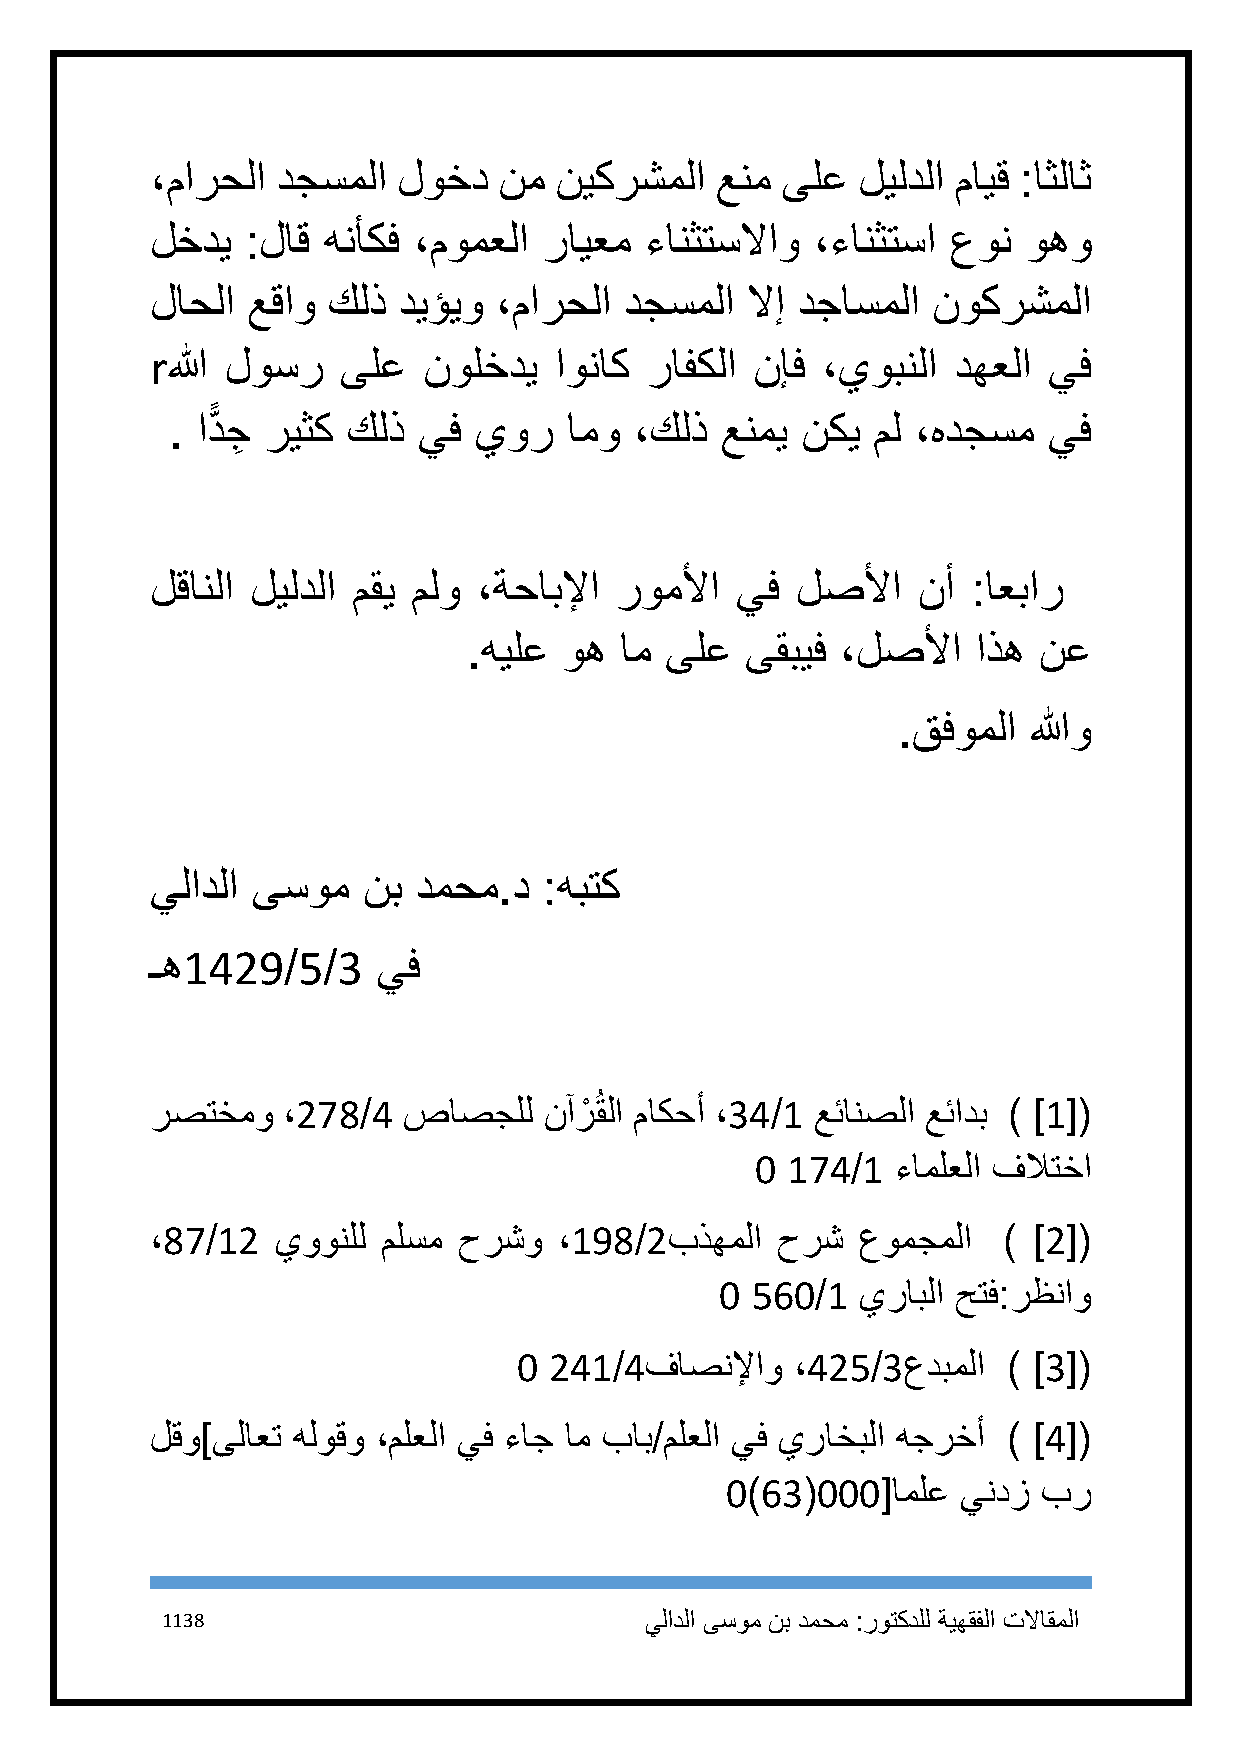
،مارحلا دجسملا  لوخد   نم  نيكرشملا  عنم  ىلع  ليلدلا مايق :اثلاث
 لخدي  :لاق هنأكف ،مومعلا  رايعم  ءانثتسلااو ،ءانثتسا عون  وهو
 لاحلا عقاو  كلذ ديؤيو  ،مارحلا دجسملا  لاإ دجاسملا  نوكرشملا
 rالله لوسر  ىلع   نولخدي   اوناك رافكلا نإف ،يوبنلا  دهعلا يف
 . ادًّ جِ ريثك كلذ يف يور  امو ،كلذ  عنمي نكي  مل ،هدجسم  يف
 لقانلا ليلدلا مقي ملو ،ةحابلإا روملأا  يف  لصلأا   نأ :اعبار
 .هيلع وه  ام ىلع  ىقبيف  ،لصلأا   اذه نع
 .قفوملا  اللهو
 يلادلا ىسوم   نب دمحم.د   :هبتك
 ـه1429/5/3     يف
 رصتخمو   ،278/4  صاصجلل   نآرْ ُقلا ماكحأ ،34/1 عئانصلا عئادب ) ]1[(
 1 174/1  ءاملعلا فلاتخا
 ،87/12  يوونلل ملسم حرشو   ،198/2بذهملا  حرش   عومجملا  ) ]2[(
 1 561/1  يرابلا حتف:رظناو
 1 241/4فاصنلإاو    ،425/3عدبملا  ) ]3[(
 لقو]ىلاعت هلوقو ،ملعلا يف ءاج ام باب/ملعلا يف يراخبلا هجرخأ ) ]4[(
 1)63(111[املع   يندز بر
 1138                            يلادلا ىسوم نب دمحم :روتكدلل ةيهقفلا تلااقملا